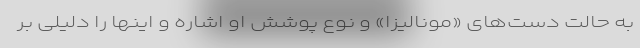
به حالت دست‌های «مونالیزا» و نوع پوشش او اشاره و اینها را دلیلی بر